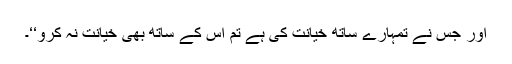
اور جس نے تمہارے ساتھ خیانت کی ہے تم اس کے ساتھ بھی خیانت نہ کرو‘‘۔